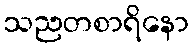
သညတစာရိနော